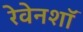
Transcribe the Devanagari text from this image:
रेवेनशॉ